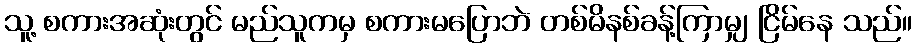
သူ့ စကားအဆုံးတွင် မည်သူကမှ စကားမပြောဘဲ တစ်မိနစ်ခန့်ကြာမျှ ငြိမ်နေ သည်။